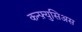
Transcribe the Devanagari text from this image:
कन्फ़्युसिअस